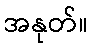
အနုတ်။